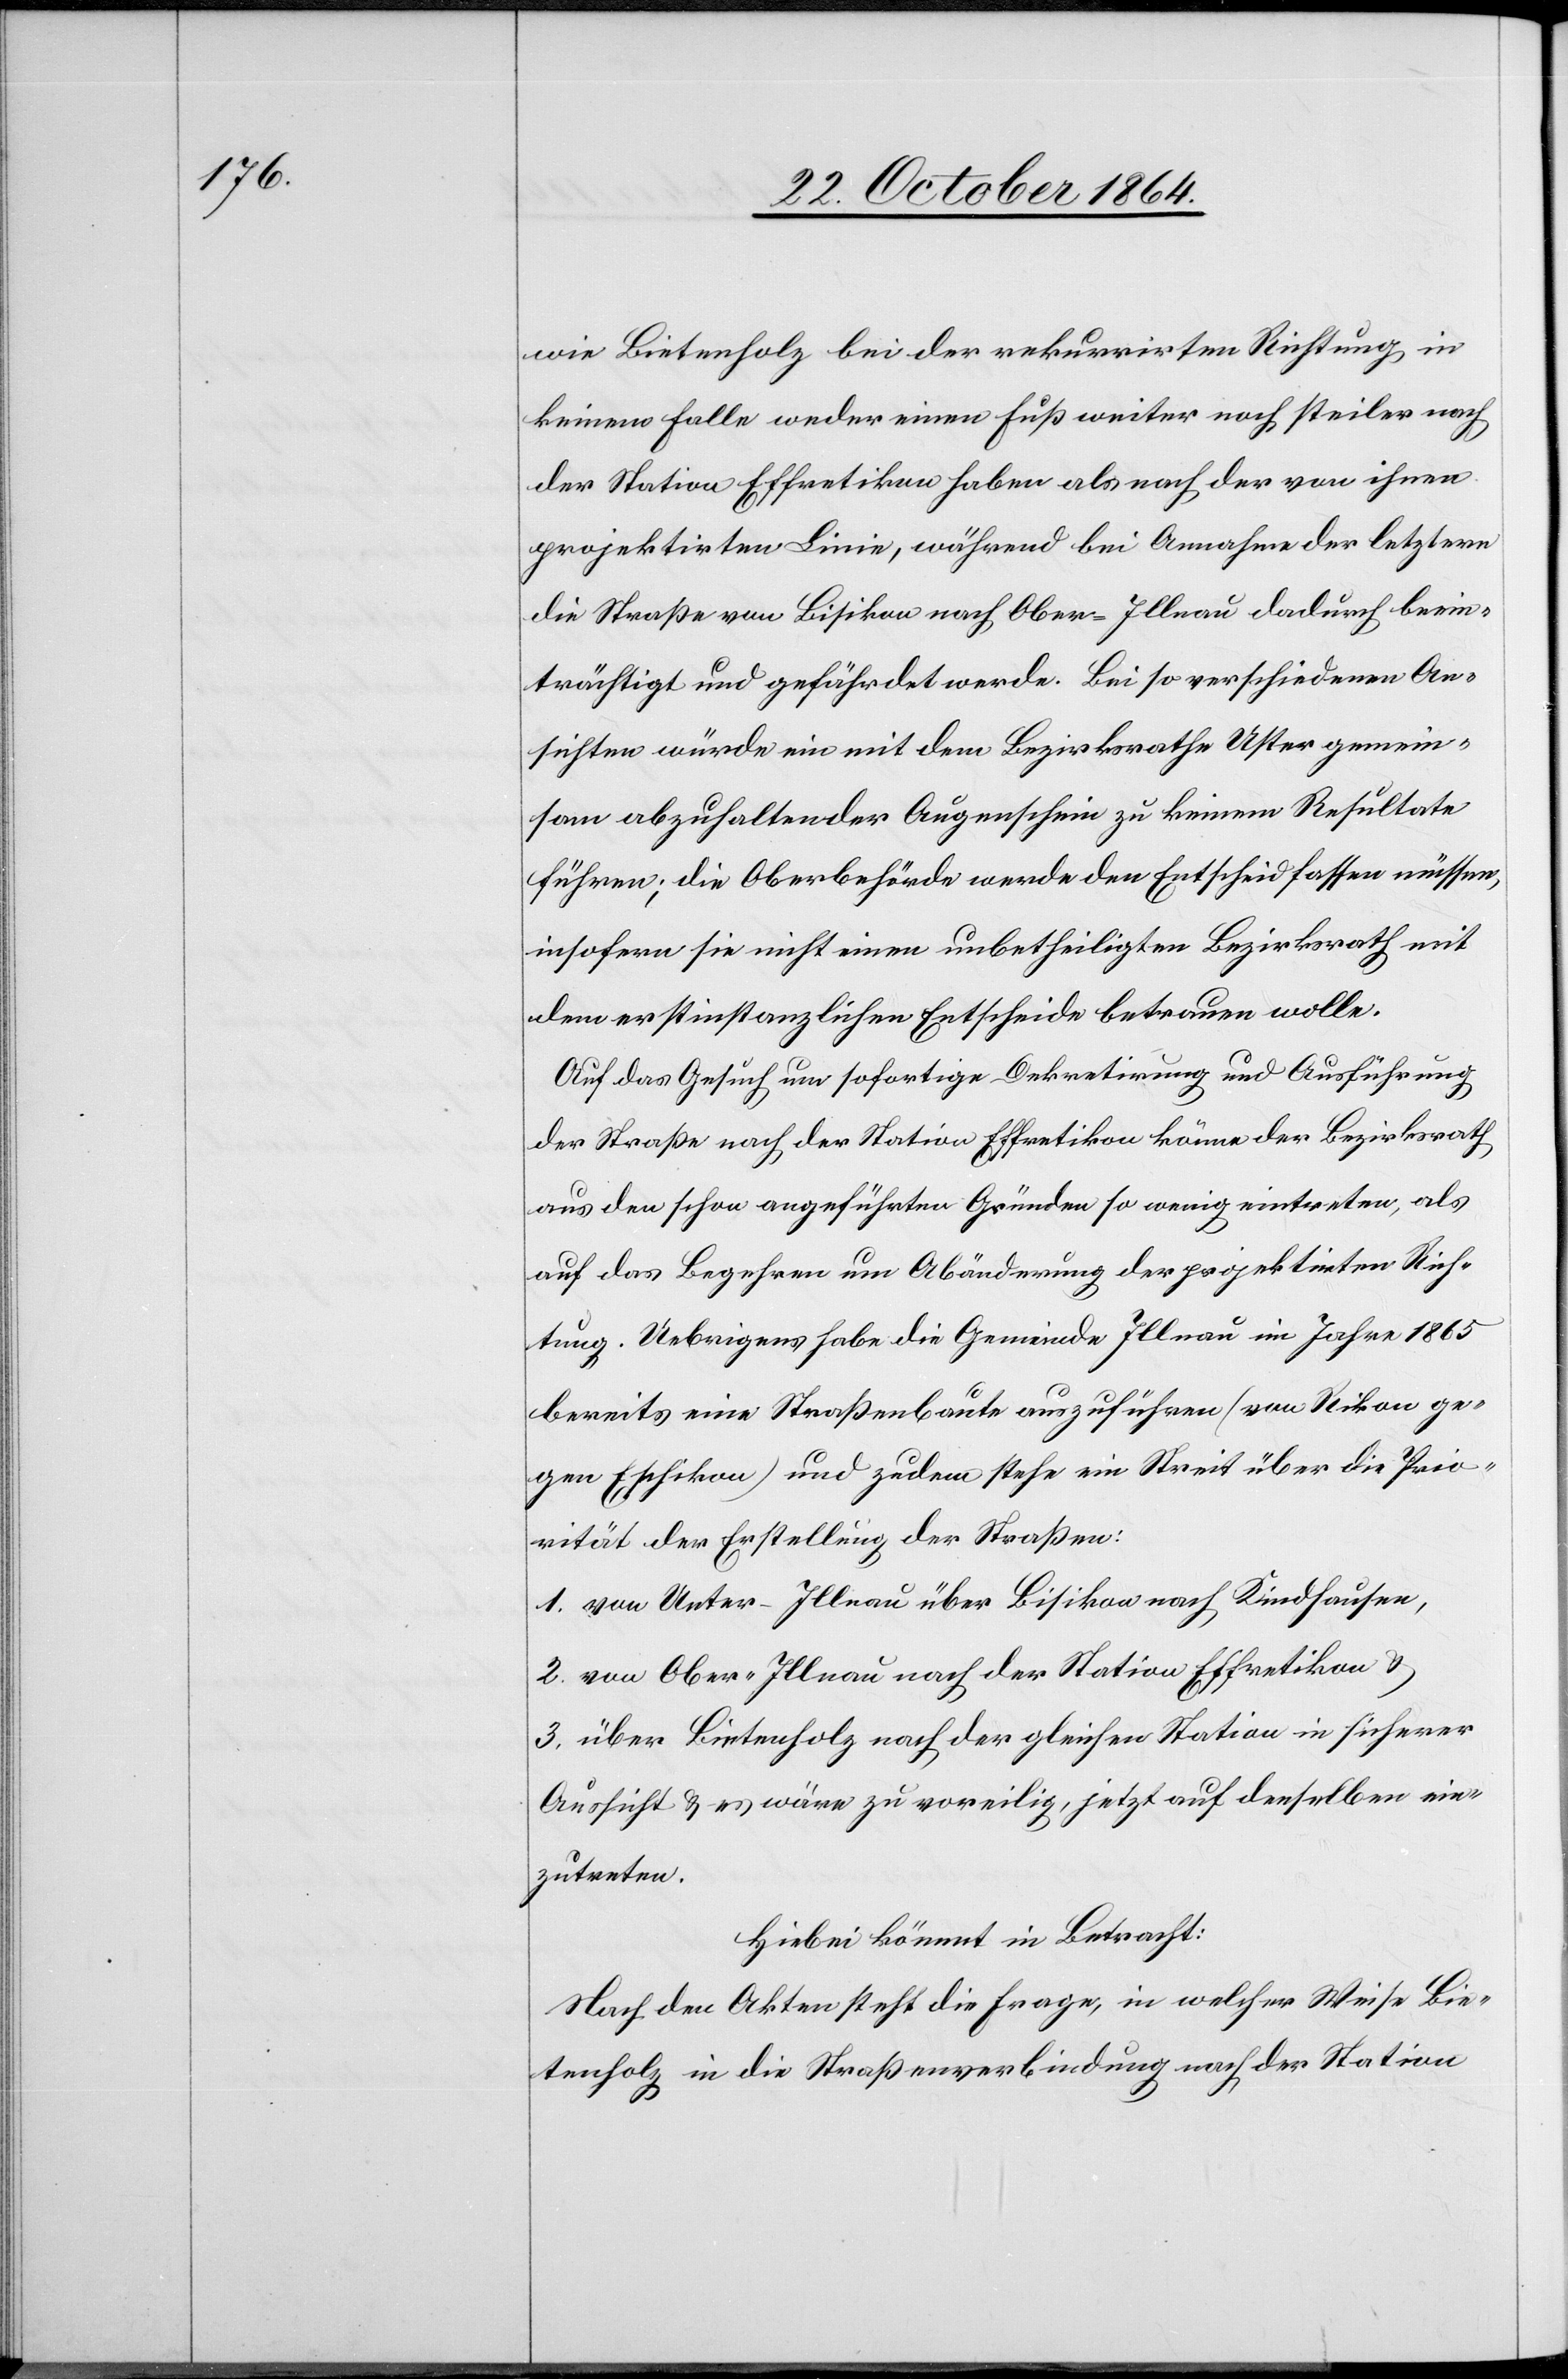
wie Bietenholz bei der rekurrirten Richtung in
keinem Falle weder einen Fuß weiter noch steiler nach
der Station Effretikon haben als nach der von ihnen
projektirten Linie, während bei Annahme der letztern
die Straße von Bisikon nach Ober-Illnau dadurch beein¬
trächtigt und gefährdet werde. Bei so verschiedenen An¬
sichten würde ein mit dem Bezirksrathe Uster gemein¬
sam abzuhaltender Augenschein zu keinem Resultate
führen; die Oberbehörde werde den Entscheid fassen müssen,
insofern sie nicht einen unbetheiligten Bezirksrath mit
dem erstinstanzlichen Entscheide betrauen wolle.
Auf das Gesuch um sofortige Dekretirung und Ausführung
der Straße nach der Station Effretikon könne der Bezirksrath
aus den schon angeführten Gründen so wenig eintreten, als
auf das Begehren um Abänderung der projektirten Rich¬
tung. Uebrigens habe die Gemeinde Illnau im Jahre 1865
bereits eine Straßenbaute auszuführen (von Rikon ge¬
gen Eschikon) und zudem stehe ein Streit über die Prio¬
rität der Erstellung der Straßen:
1. von Unter-Illnau über Bisikon nach Kindhausen,
2. von Ober-Illnau nach der Station Effretikon &
3. über Bietenholz nach der gleichen Station in sicherer
Aussicht & es wäre zu voreilig, jetzt auf denselben ein¬
zutreten.
Hiebei kommt in Betracht:
Nach den Akten steht die Frage, in welcher Weise Bie¬
tenholz in die Straßenverbindung nach der Station